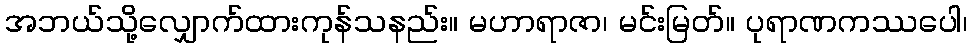
အဘယ်သို့လျှောက်ထားကုန်သနည်း။ မဟာရာဇာ၊ မင်းမြတ်။ ပုရာဏကဿပေါ၊